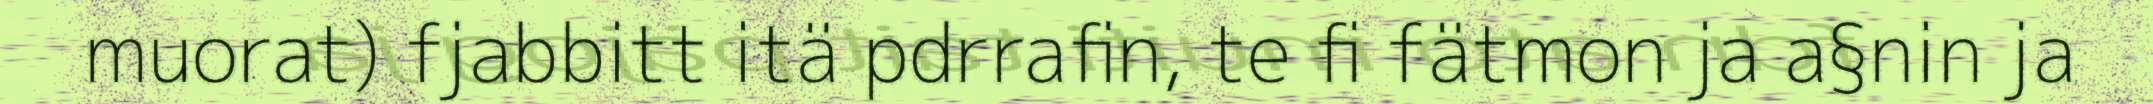
muorat) fjabbitt itä pdrrafin, te fi fätmon ja a§nin ja